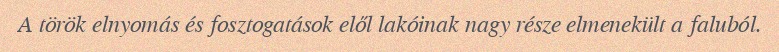
A török elnyomás és fosztogatások elől lakóinak nagy része elmenekült a faluból.